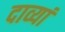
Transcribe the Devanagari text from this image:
दाव्यां